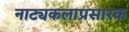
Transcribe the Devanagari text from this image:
नाट्यकलाप्रसारक